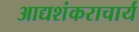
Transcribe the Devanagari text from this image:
आद्यशंकराचार्य